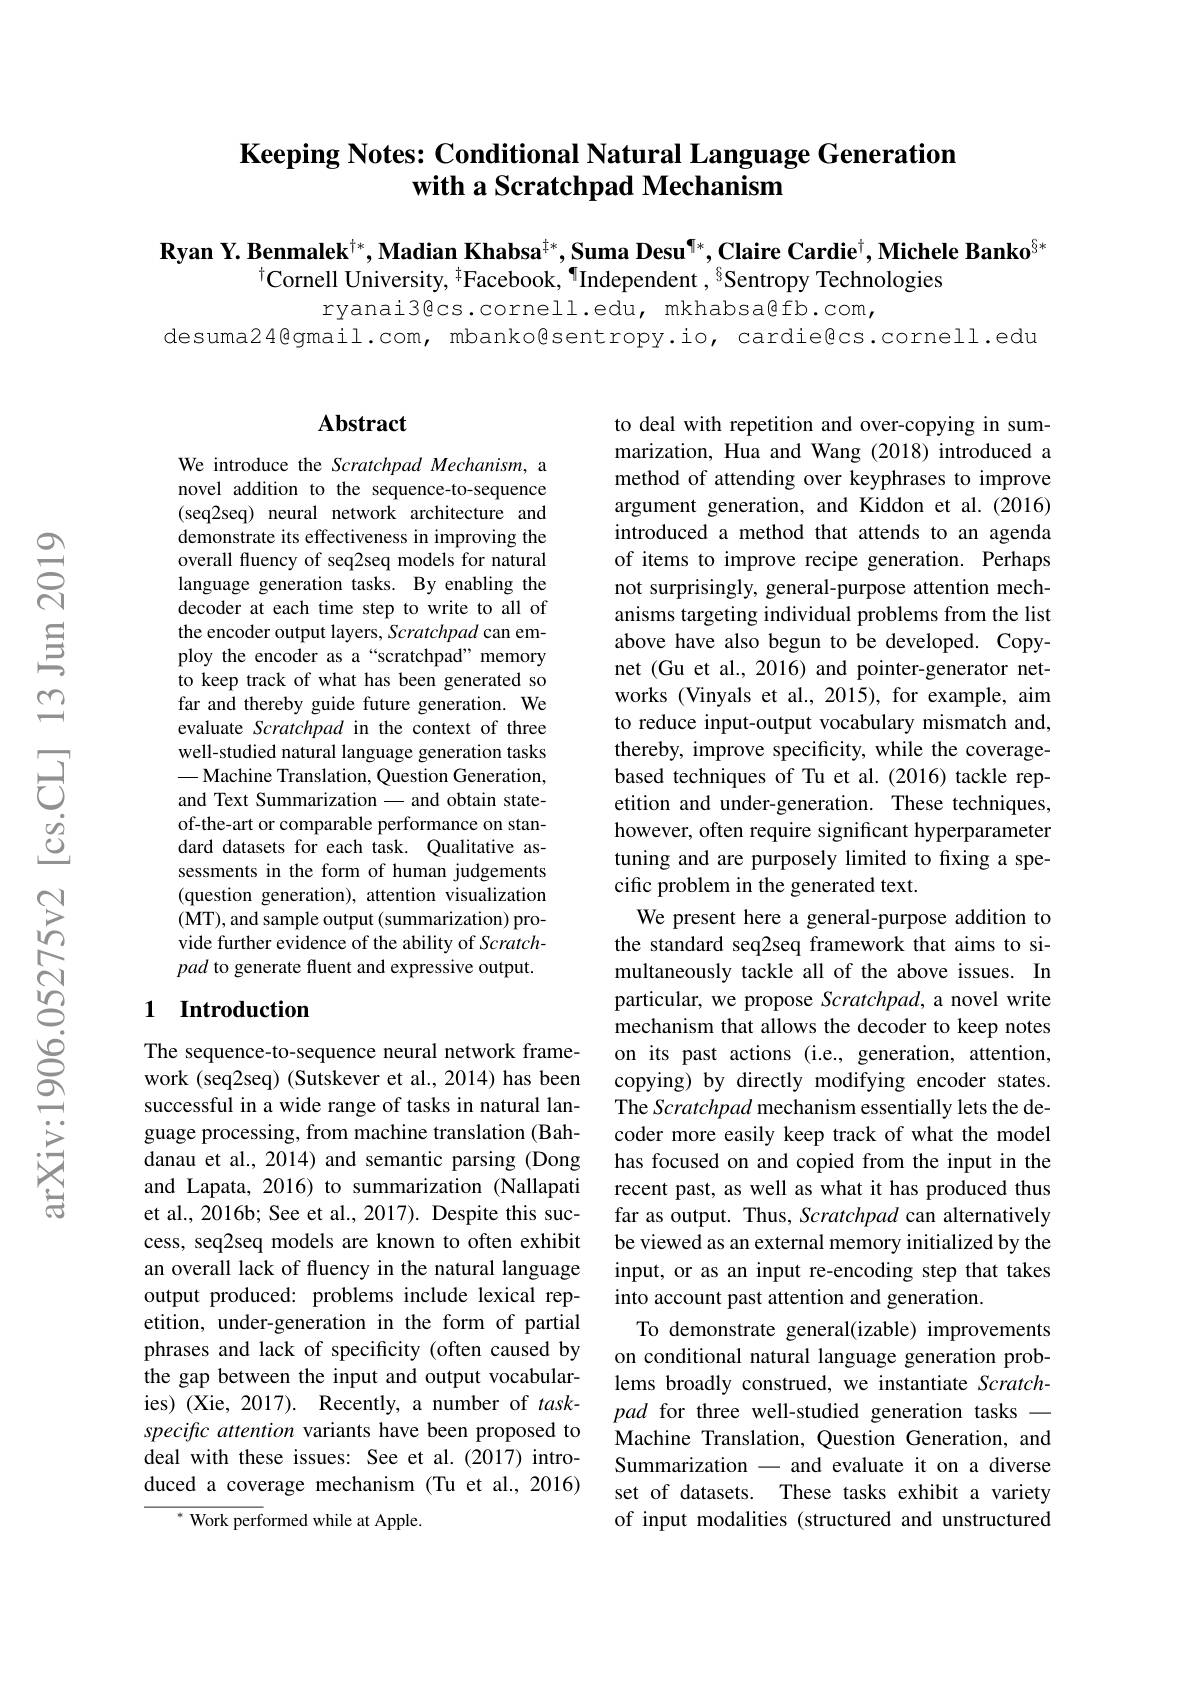
## Keeping Notes: Conditional Natural Language Generation with a Scratchpad Mechanism

Ryan Y. Benmalek$^{\dagger*},\textbf{Madian Khabsa}^{\dagger*}$,Suma Desu$^{\P*}$,Claire Cardie$^\dagger$,Michele Banko$^{\S*}$
$^{\dagger}$Cornell University, $^{\dagger}$Facebook, $^{\P}$Independent, $^{8}$Sentropy Technologies

ryanai3@cs.cornell.edu, mkhabsa@fb.com,
desuma24@gmail.com, mbanko@sentropy.io, cardießcs.cornell.edu

### $\mathbf{Abstract}$

We introduce the Scratchpad Mechanism, a novel addition to the sequence-to-sequence (seq2seq) neural network architecture and demonstrate its effectiveness in improving the overall fluency of seq2seq models for natural language generation tasks. By enabling the decoder at each time step to write to all of the encoder output layers, Scratchpad can employ the encoder as a“scratchpad”memory to keep track of what has been generated so far and thereby guide future generation. We evaluate Scratchpad in the context of three well-studied natural language generation tasks -Machine Translation, Question Generation, and Text Summarization - and obtain stateof-the-art or comparable performance on standard datasets for each task. Qualitative assessments in the form of human judgements (question generation), attention visualization (MT), and sample output (summarization) provide further evidence of the ability of Scratchpad to generate fluent and expressive output.

## 1 Introduction

The sequence-to-sequence neural network framework (seq2seq) (Sutskever et al., 2014) has been successful in a wide range of tasks in natural language processing, from machine translation (Bahdanau et al., 2014) and semantic parsing (Dong and Lapata, 2016) to summarization (Nallapati et al., 2016b; See et al., 2017). Despite this success, seq2seq models are known to often exhibit an overall lack of fluency in the natural language output produced: problems include lexical repetition, under-generation in the form of partial phrases and lack of specificity (often caused by the gap between the input and output vocabularies) (Xie, 2017). Recently, a number of $task-$ specific attention variants have been proposed to deal with these issues: See et al.(2017) introduced a coverage mechanism (Tu et al.,2016)
${^*\text{ Work perf}}$ormed while at Apple.

to deal with repetition and over-copying in summarization, Hua and Wang (2018) introduced a method of attending over keyphrases to improve argument generation, and Kiddon et al.(2016) introduced a method that attends to an agenda of items to improve recipe generation. Perhaps not surprisingly, general-purpose attention mechanisms targeting individual problems from the list above have also begun to be developed. Copynet (Gu et al., 2016) and pointer-generator networks (Vinyals et al., 2015), for example, aim to reduce input-output vocabulary mismatch and, thereby, improve specificity, while the coveragebased techniques of Tu et al.(2016) tackle repetition and under-generation. These techniques, however, often require significant hyperparameter tuning and are purposely limited to fixing a specific problem in the generated text.
We present here a general-purpose addition to the standard seq2seq framework that aims to simultaneously tackle all of the above issues. In particular, we propose Scratchpad, a novel write mechanism that allows the decoder to keep notes on its past actions (i.e., generation, attention, copying) by directly modifying encoder states. The Scratchpad mechanism essentially lets the decoder more easily keep track of what the model has focused on and copied from the input in the recent past, as well as what it has produced thus far as output. Thus, Scratchpad can alternatively be viewed as an external memory initialized by the input, or as an input re-encoding step that takes into account past attention and generation.
To demonstrate general(izable) improvements on conditional natural language generation problems broadly construed, we instantiate Scratchpad for three well-studied generation tasks - Machine Translation, Question Generation, and Summarization - and evaluate it on a diverse set of datasets. These tasks exhibit a variety of input modalities (structured and unstructured